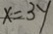
x = 3 y